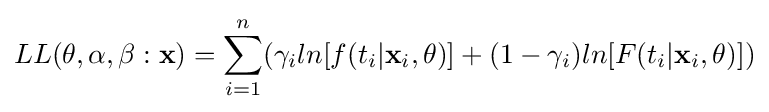
LL(\mathbf {\theta } ,\alpha ,\beta :{\mathbf {x} })=\sum _{i=1}^{n}(\gamma _{i}ln{[f(t_{i}|\mathbf {x} _{i},\mathbf {\theta } )]}+(1-\gamma _{i})ln{[F(t_{i}|\mathbf {x} _{i},\mathbf {\theta } )]})